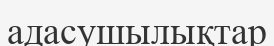
адасушылықтар